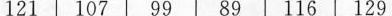
121 107 99 89 116 129